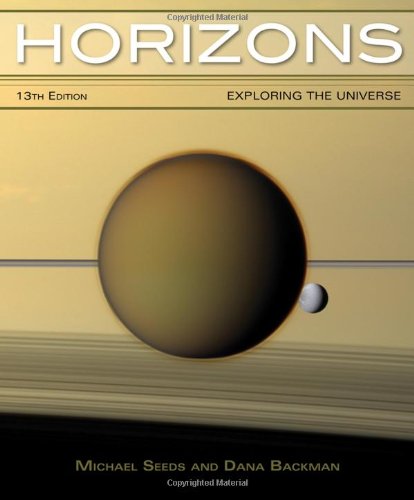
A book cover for Horizons: Exploring the Universe; Michael A. Seeds; Science & Math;